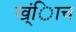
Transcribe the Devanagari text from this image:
ख्ंिाच